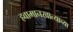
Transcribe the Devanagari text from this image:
हवामानखात्याच्या